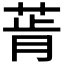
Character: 𰱔